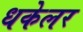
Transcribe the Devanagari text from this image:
धकेलर